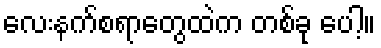
လေးနက်စရာတွေထဲက တစ်ခု ပေါ့။